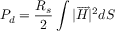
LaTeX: P _ { d } = { \frac { R _ { s } } { 2 } } \int { | { \overrightarrow { H } } | ^ { 2 } d S }